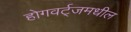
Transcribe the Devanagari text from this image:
होगवर्ट्‌जमधील